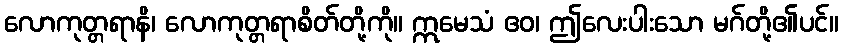
လောကုတ္တရာနိ၊ လောကုတ္တရာစိတ်တို့ကို။ ဣမေသံ ဧဝ၊ ဤလေးပါးသော မဂ်တို့၏ပင်။